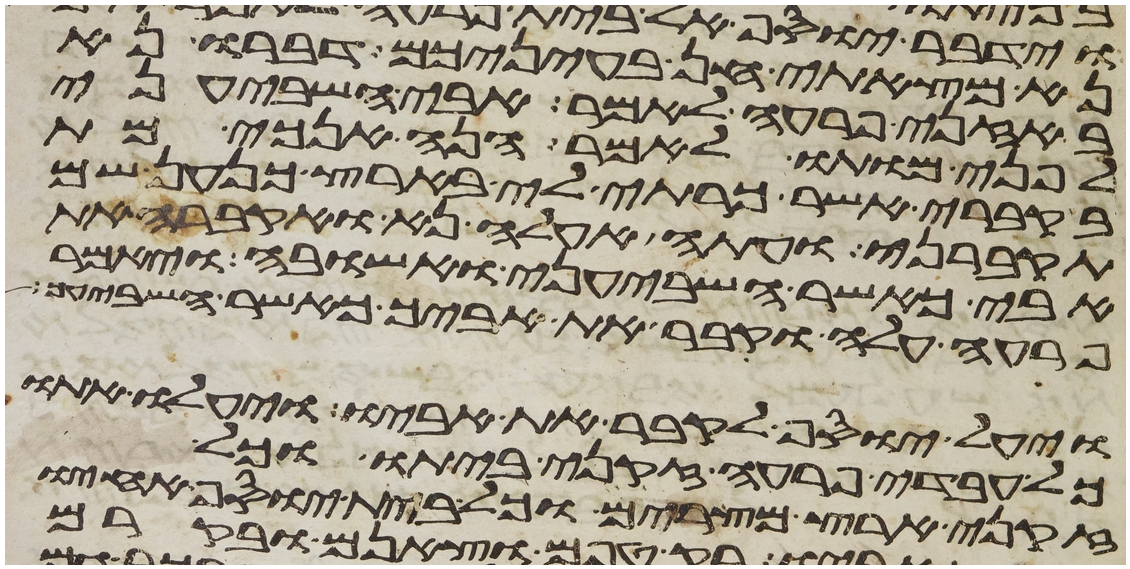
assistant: נא מצאתי חן בעיניכם דברו נא
באזני פרעה לאמר אבי השביעני
לפני מותו לאמר הנה אנכי מת
בקברי אשר כרתי לי בארץ כנען שם
תקברני ועתה אעלה נא ואקברה את
אבי כאשר השביעני ואשובה ויאמר
פרעה עלה וקבר את אביך כאשר השביעך
ויעל יוסף לקבר את אביו ויעלו אתו
כל עבדי פרעה זקני ביתו וכל
זקני ארץ מצרים וכל בית יוסף אחיו